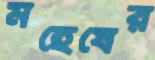
মহেষের